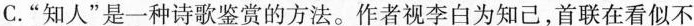
C.”知人”是一种诗歌鉴赏的方法。作者视李白为知己，首联在看似不